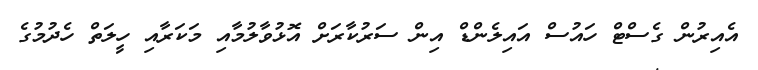
އެއިރުން ގެސްޓް ހައުސް އައިލެންޑް އިން ސަރުކާރަށް އޮޅުވާލުމާއި މަކަރާއި ހީލަތް ހެދުމުގެ